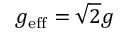
g _ { \mathrm { e f f } } = \sqrt { 2 } g